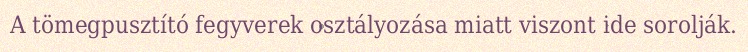
A tömegpusztító fegyverek osztályozása miatt viszont ide sorolják.